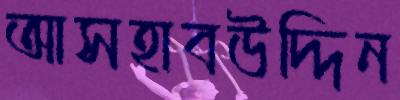
আসহাবউদ্দিন